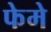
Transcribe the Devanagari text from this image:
फेमे